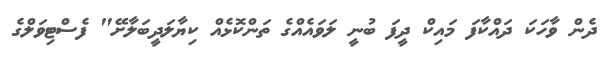
ދެން ވާހަކަ ދައްކާފަ މައިކް ދީފަ ބުނީ ލަވައެއްގެ ތަންކޮޅެއް ކިޔާލަދީބަލާށޭ" ފެސްޓިވަލްގެ